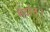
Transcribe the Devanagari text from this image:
मर्दान।